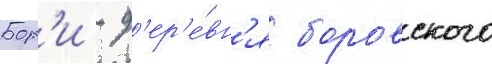
Бор'и - д'ер'е́вн'я боровского